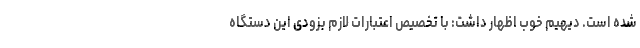
شده است. دیهیم خوب اظهار داشت: با تخصیص اعتبارات لازم بزودی این دستگاه